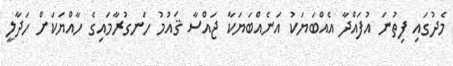
މެދުގައި ފިތުނަ އުފައްދާ އެއްބަޔަކު އަނެއްބަޔަކާ ޖައްސާ ޤައުމު ހަނގުރާމައިގެ ހާއްޔަކަށް ހަދާލީ